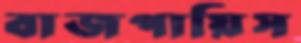
বাজপায়িস